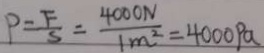
P = \frac { F } { S } = \frac { 4 0 0 0 N } { 1 m ^ { 2 } } = 4 0 0 0 P a